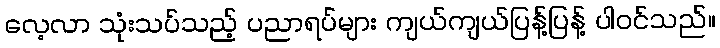
လေ့လာ သုံးသပ်သည့် ပညာရပ်များ ကျယ်ကျယ်ပြန့်ပြန့် ပါဝင်သည်။